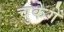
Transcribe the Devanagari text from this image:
चुकेगें